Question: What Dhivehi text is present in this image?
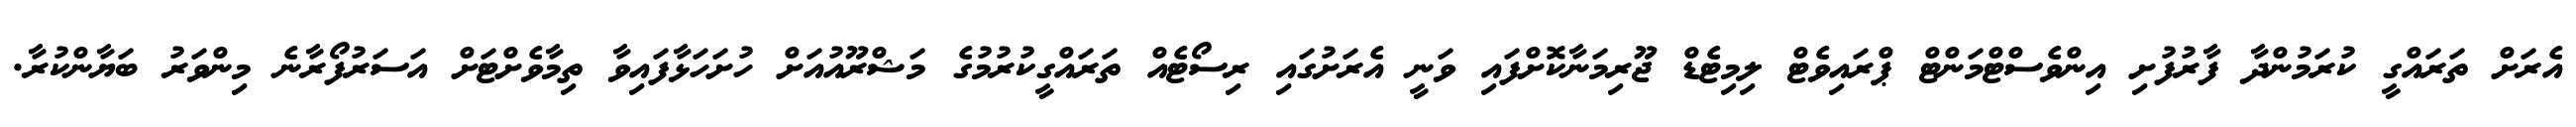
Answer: އެރަށް ތަރައްގީ ކުރަމުންދާ ފާރުފުށި އިންވެސްޓްމަންޓް ޕްރައިވެޓް ލިމިޓެޑް ޖޫރިމަނާކޮށްފައި ވަނީ އެރަށުގައި ރިސޯޓެއް ތަރައްގީކުރުމުގެ މަޝްރޫއުއަށް ހުށަހަޅާފައިވާ ތިމާވެށްޓަށް އަސަރުފޯރާނެ މިންވަރު ބަޔާންކުރާ.